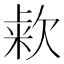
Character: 𰙒